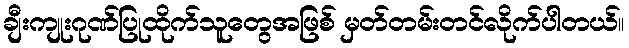
ချီးကျုးဂုဏ်ပြုထိုက်သူတွေအဖြစ် မှတ်တမ်းတင်လိုက်ပါတယ်။